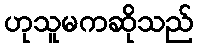
ဟုသူမကဆိုသည်